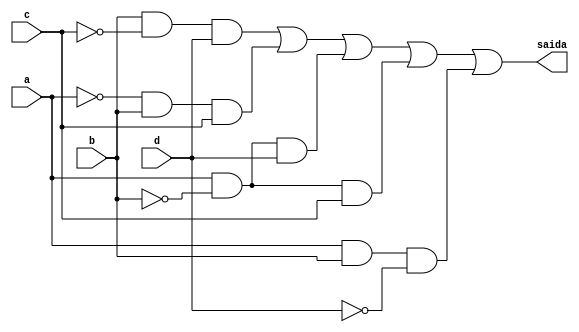
// Nome: Caio Ragacci Pimentel
// Matrcula: 405794

module metodoprovag ( saida,a,b,c,d );

output saida;
input a,b,c,d;
wire temp1,temp2,temp3,temp4,temp5,temp6,temp7,temp8,temp9,temp10,temp11,temp12;


not NOT1 (temp1,b);
and AND1 (temp2,temp1,b,c);
not NOT2 (temp3,c);
and AND2 (temp4,b,temp3,d);
not NOT3 (temp5,a);
and AND3 (temp6,temp5,b,c);
not NOT4 (temp7,b);
and AND4 (temp8,a,temp7,d);
not NOT5 (temp9,b);
and AND5 (temp10,a,temp9,c);
not NOT6 (temp11,d);
and AND6 (temp12,a,b,temp11);
or OR1   (saida,temp2,temp4,temp6,temp8,temp10,temp12);

endmodule
 
module testprova1;
reg a,b,c,d;
wire saida;

metodoprovag PROVAG ( saida,a,b,c,d );

initial begin:start
        a=0; b=0; c=0; d=0;
end

initial begin: main
#1 $display (" Circuito da questao g da prova ");
#1 $display (" a |  b |  c |  d  =  saida ");
  $monitor (" %b  | %b  | %b |  %b  =   %b ",a,b,c,d,saida);
           #1 a=0;    b=0;   c=0;   d=1;
			  #1 a=0;    b=0;   c=1;   d=0;
			  #1 a=0;    b=0;   c=1;   d=1;
			  #1 a=0;    b=1;   c=0;   d=0;
			  #1 a=0;    b=1;   c=0;   d=1;
			  #1 a=0;    b=1;   c=1;   d=0;
			  #1 a=0;    b=1;   c=1;   d=1;
			  #1 a=1;    b=0;   c=0;   d=0;
			  #1 a=1;    b=0;   c=0;   d=1;
			  #1 a=1;    b=0;   c=1;   d=0;
			  #1 a=1;    b=0;   c=1;   d=1;
			  #1 a=1;    b=1;   c=0;   d=0;
			  #1 a=1;    b=1;   c=0;   d=1;
			  #1 a=1;    b=1;   c=1;   d=0;
			  #1 a=1;    b=1;   c=1;   d=1;
			  
			  
			  
end
endmodule